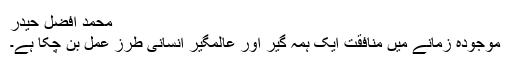
محمد افضل حیدر
موجودہ زمانے میں منافقت ایک ہمہ گیر اور عالمگیر انسانی طرز ِعمل بن چکا ہے۔